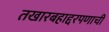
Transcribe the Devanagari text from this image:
तखारबहाद्दरपणाची